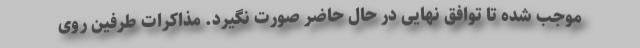
موجب شده تا توافق نهایی در حال حاضر صورت نگیرد. مذاکرات طرفین روی